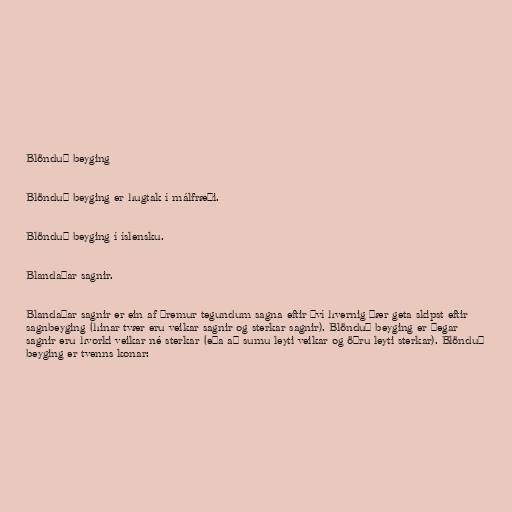
Blönduð beyging

Blönduð beyging er hugtak í málfræði.

Blönduð beyging í íslensku.

Blandaðar sagnir.

Blandaðar sagnir er ein af þremur tegundum sagna eftir því hvernig þær geta skipst eftir
sagnbeyging (hinar tvær eru veikar sagnir og sterkar sagnir). Blönduð beyging er þegar
sagnir eru hvorki veikar né sterkar (eða að sumu leyti veikar og öðru leyti sterkar). Blönduð
beyging er tvenns konar: